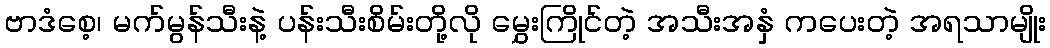
ဗာဒံစေ့၊ မက်မွန်သီးနဲ့ ပန်းသီးစိမ်းတို့လို မွှေးကြိုင်တဲ့ အသီးအနှံ ကပေးတဲ့ အရသာမျိုး